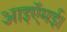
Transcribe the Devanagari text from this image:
आइऍमई।